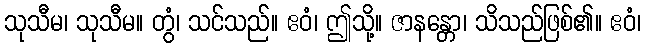
သုသီမ၊ သုသီမ။ တွံ၊ သင်သည်။ ဧဝံ၊ ဤသို့။ ဇာနန္တော၊ သိသည်ဖြစ်၏။ ဧဝံ၊